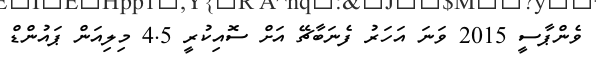
ވެންޕާސީ 2015 ވަނަ އަހަރު ފެނަބާޗޭ އަށް ސޮއިކުރީ 4.5 މިލިއަން ޕައުންޑް